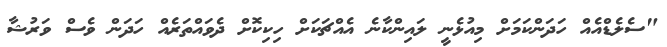
"ސެލެޑްއެއް ހަދަންކަމަށް މިއުޅެނީ ލައިންކާނެ އެއްޗަކަށް ހިކިކޮށް ދެވައްތަރެއް ހަދަން ވެސް ވަރުޝާ